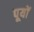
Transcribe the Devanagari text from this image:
पूयों